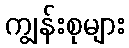
ကျွန်းစုများ